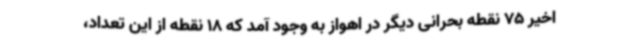
اخیر 75 نقطه بحرانی دیگر در اهواز به وجود آمد که 18 نقطه از این تعداد،